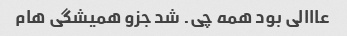
عااالی بود همه چی. شد جزو همیشگی هام